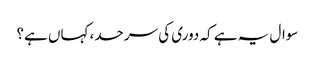
سوال یہ ہے کہ دوری کی سرحد، کہاں ہے؟